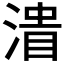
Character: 𰜪